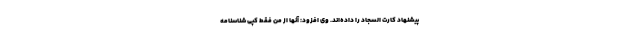
پیشنهاد کارت السجاد را داده‌اند. وی افزود: آنها از من فقط کپی شناسنامه